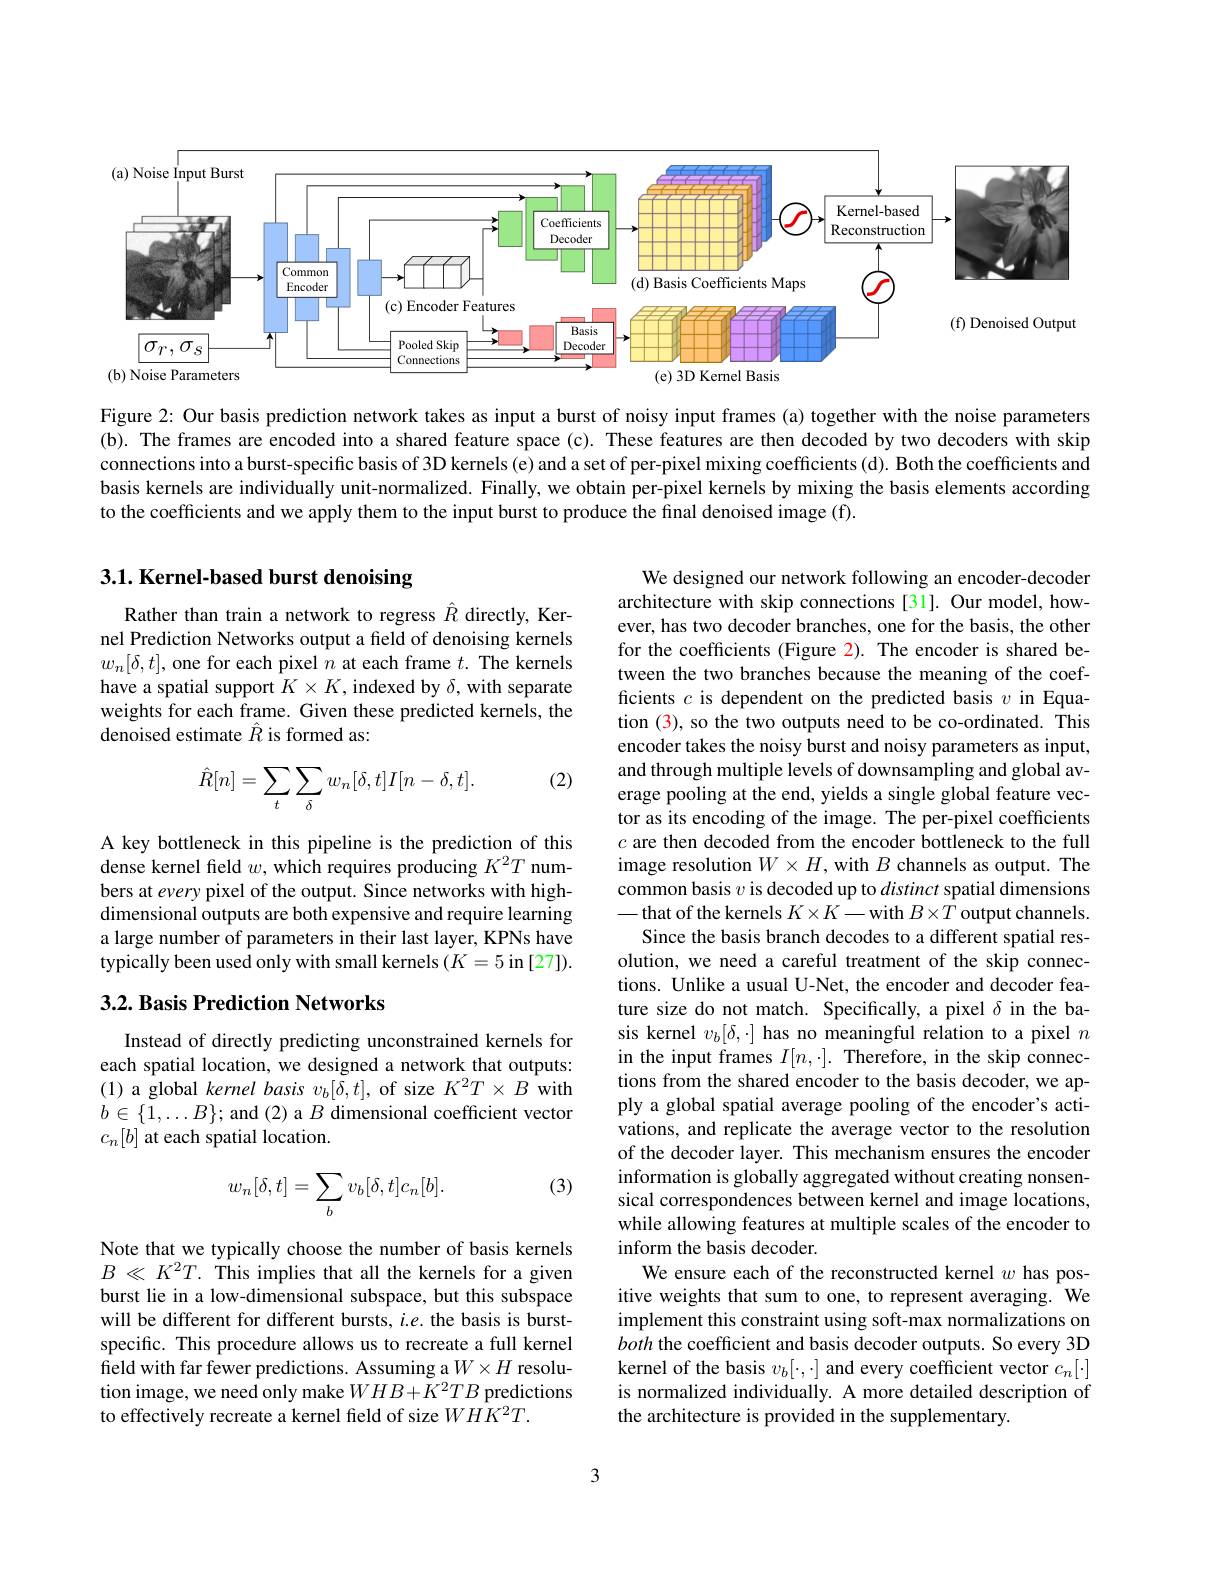
<FigureHere>

Figure 2: Our basis prediction network takes as input a burst of noisy input frames (a) together with the noise parameters (b). The frames are encoded into a shared feature space (c). These features are then decoded by two decoders with skip connections into a burst-specific basis of 3D kernels (e) and a set of per-pixel mixing coefficients (d). Both the coefficients and basis kernels are individually unit-normalized. Finally, we obtain per-pixel kernels by mixing the basis elements according to the coefficients and we apply them to the input burst to produce the final denoised image (f).

# 3.1. Kernel-based burst denoising

Rather than train a network to regress $\hat{R}$ directly, Kernel Prediction Networks output a field of denoising kernels $w_n[\delta,t]$, one for each pixel $n$ at each frame $t.$ The kernels have a spatial support $K\times K$, indexed by $\delta$, with separate weights for each frame. Given these predicted kernels, the denoised estimate $\hat{R}$ is formed as:

(2)
$$\hat{R}[n]=\sum_t\sum_\delta w_n[\delta,t]I[n-\delta,t].$$
A key bottleneck in this pipeline is the prediction of this dense kernel field $w$, which requires producing $K^2T$ numbers at every pixel of the output. Since networks with highdimensional outputs are both expensive and require learning a large number of parameters in their last layer, KPNs have typically been used only with small kernels $(K=5$ in [27]).

We designed our network following an encoder-decoder architecture with skip connections [31]. Our model, however, has two decoder branches, one for the basis, the other for the coefficients (Figure 2). The encoder is shared between the two branches because the meaning of the coefficients $c$ is dependent on the predicted basis $v$ in Equation (3), so the two outputs need to be co-ordinated. This encoder takes the noisy burst and noisy parameters as input, and through multiple levels of downsampling and global average pooling at the end, yields a single global feature vector as its encoding of the image. The per-pixel coefficients $c$ are then decoded from the encoder bottleneck to the full image resolution $W\times H$,with $B$ channels as output. The common basis $v$ is decoded up to distinct spatial dimensions -that of the kernels $K\times K-$with $B\times T$ output channels.
Since the basis branch decodes to a different spatial resolution, we need a careful treatment of the skip connections. Unlike a usual U-Net, the encoder and decoder feature size do not match. Specifically, a pixel $\delta$ in the basis kernel $v_b[\delta,\cdot]$ has no meaningful relation to a pixel $n$ in the input frames $I[n,\cdot].$ Therefore, in the skip connections from the shared encoder to the basis decoder, we apply a global spatial average pooling of the encoder's activations, and replicate the average vector to the resolution of the decoder layer. This mechanism ensures the encoder information is globally aggregated without creating nonsensical correspondences between kernel and image locations, while allowing features at multiple scales of the encoder to inform the basis decoder.
We ensure each of the reconstructed kernel $w$ has positive weights that sum to one, to represent averaging. We implement this constraint using soft-max normalizations on both the coefficient and basis decoder outputs. So every 3D kernel of the basis $v_b[\cdot,\cdot]$ and every coefficient vector $c_n[\cdot]$ is normalized individually. A more detailed description of the architecture is provided in the supplementary.

## 3.2. Basis Prediction Networks

Instead of directly predicting unconstrained kernels for each spatial location, we designed a network that outputs: (1) a global kernel basis $v_b[\tilde{\delta},t]$, of size $K^2T\times B$ with $b\in\{1,\ldots B\};$ and (2) a $B$ dimensional coefficient vector $c_n[b]$ at each spatial location.

(3)
$$w_n[\delta,t]=\sum_bv_b[\delta,t]c_n[b].$$
Note that we typically choose the number of basis kernels $B\ll K^{2}T.$ This implies that all the kernels for a given burst lie in a low-dimensional subspace, but this subspace will be different for different bursts, $i.e.$ the basis is burstspecific. This procedure allows us to recreate a full kernel field with far fewer predictions. Assuming a $W\times H$ resolution image, we need only make $WHB+\tilde{K}^2TB$ predictions to effectively recreate a kernel feld of size $WHK^2T.$

3